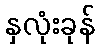
နှလုံးခုန်